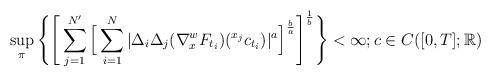
LaTeX: \begin{align*}\sup_{\pi}\Bigg\{\Bigg[\sum_{j=1}^{N'}\Big[\sum_{i=1}^N|\Delta_i\Delta_j (\nabla^w_x F_{t_i})(^{x_j}c_{t_i})|^a \Big]^{\frac{b}{a}} \Bigg]^{\frac{1}{b}} \Bigg\} < \infty;c\in C([0,T];\mathbb{R})\end{align*}